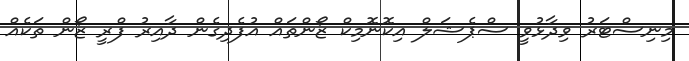
މިނިސްޓަރު ވިދާޅުވީ ސްޕެޝަލް އިކޮނޮމިކް ޒޯންތައް އުފެދިގެން ދާއިރު ފްރީ ޒޯން ތަކެއް